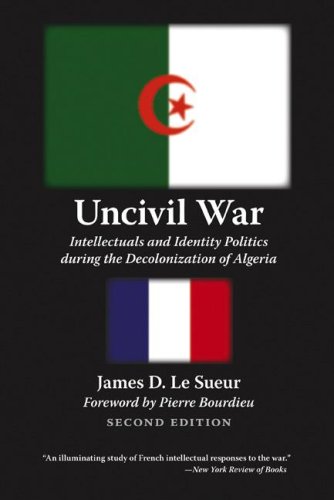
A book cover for Uncivil War: Intellectuals and Identity Politics During the Decolonization of Algeria, Second Edition; James D. Le Sueur; History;